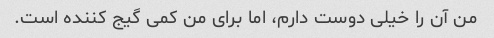
من آن را خیلی دوست دارم، اما برای من کمی گیج کننده است.